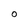
Character: 0